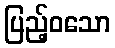
ပြည့်ဝသော